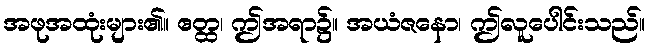
အဖုအထုံးများ၏။ ဧတ္ထ၊ ဤအရာ၌။ အယံဇနော၊ ဤလူပေါင်းသည်။